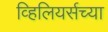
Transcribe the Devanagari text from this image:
व्हिलियर्सच्या